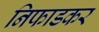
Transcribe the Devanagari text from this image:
निफाडकर